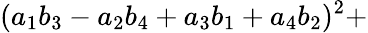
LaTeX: (a_{1}b_{3}-a_{2}b_{4}+a_{3}b_{1}+a_{4}b_{2})^{2}+